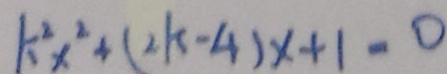
k ^ { 2 } x ^ { 2 } + ( 2 k - 4 ) x + 1 = 0